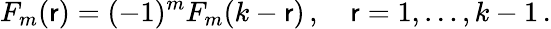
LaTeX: F_{m}(\mathsf{r})=(-1)^{m}F_{m}(k-\mathsf{r})\, ,\quad\mathsf{r}=1,\ldots,k-1\, .